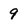
Character: 9